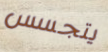
يتجسس